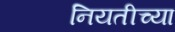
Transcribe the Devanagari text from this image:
नियतीच्या